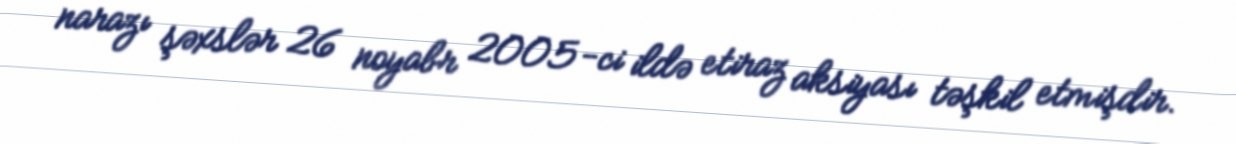
narazı şəxslər 26 noyabr 2005-ci ildə etiraz aksiyası təşkil etmişdir.